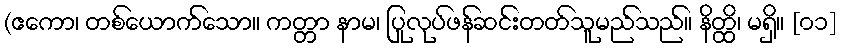
(ဧကော၊ တစ်ယောက်သော။ ကတ္တာ နာမ၊ ပြုလုပ်ဖန်ဆင်းတတ်သူမည်သည်။ နိတ္ထိ၊ မရှိ။ [၀၁]